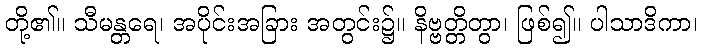
တို့၏။ သီမန္တရေ၊ အပိုင်းအခြား အတွင်း၌။ နိဗ္ဗတ္တိတွာ၊ ဖြစ်၍။ ပါသာဒိကာ၊